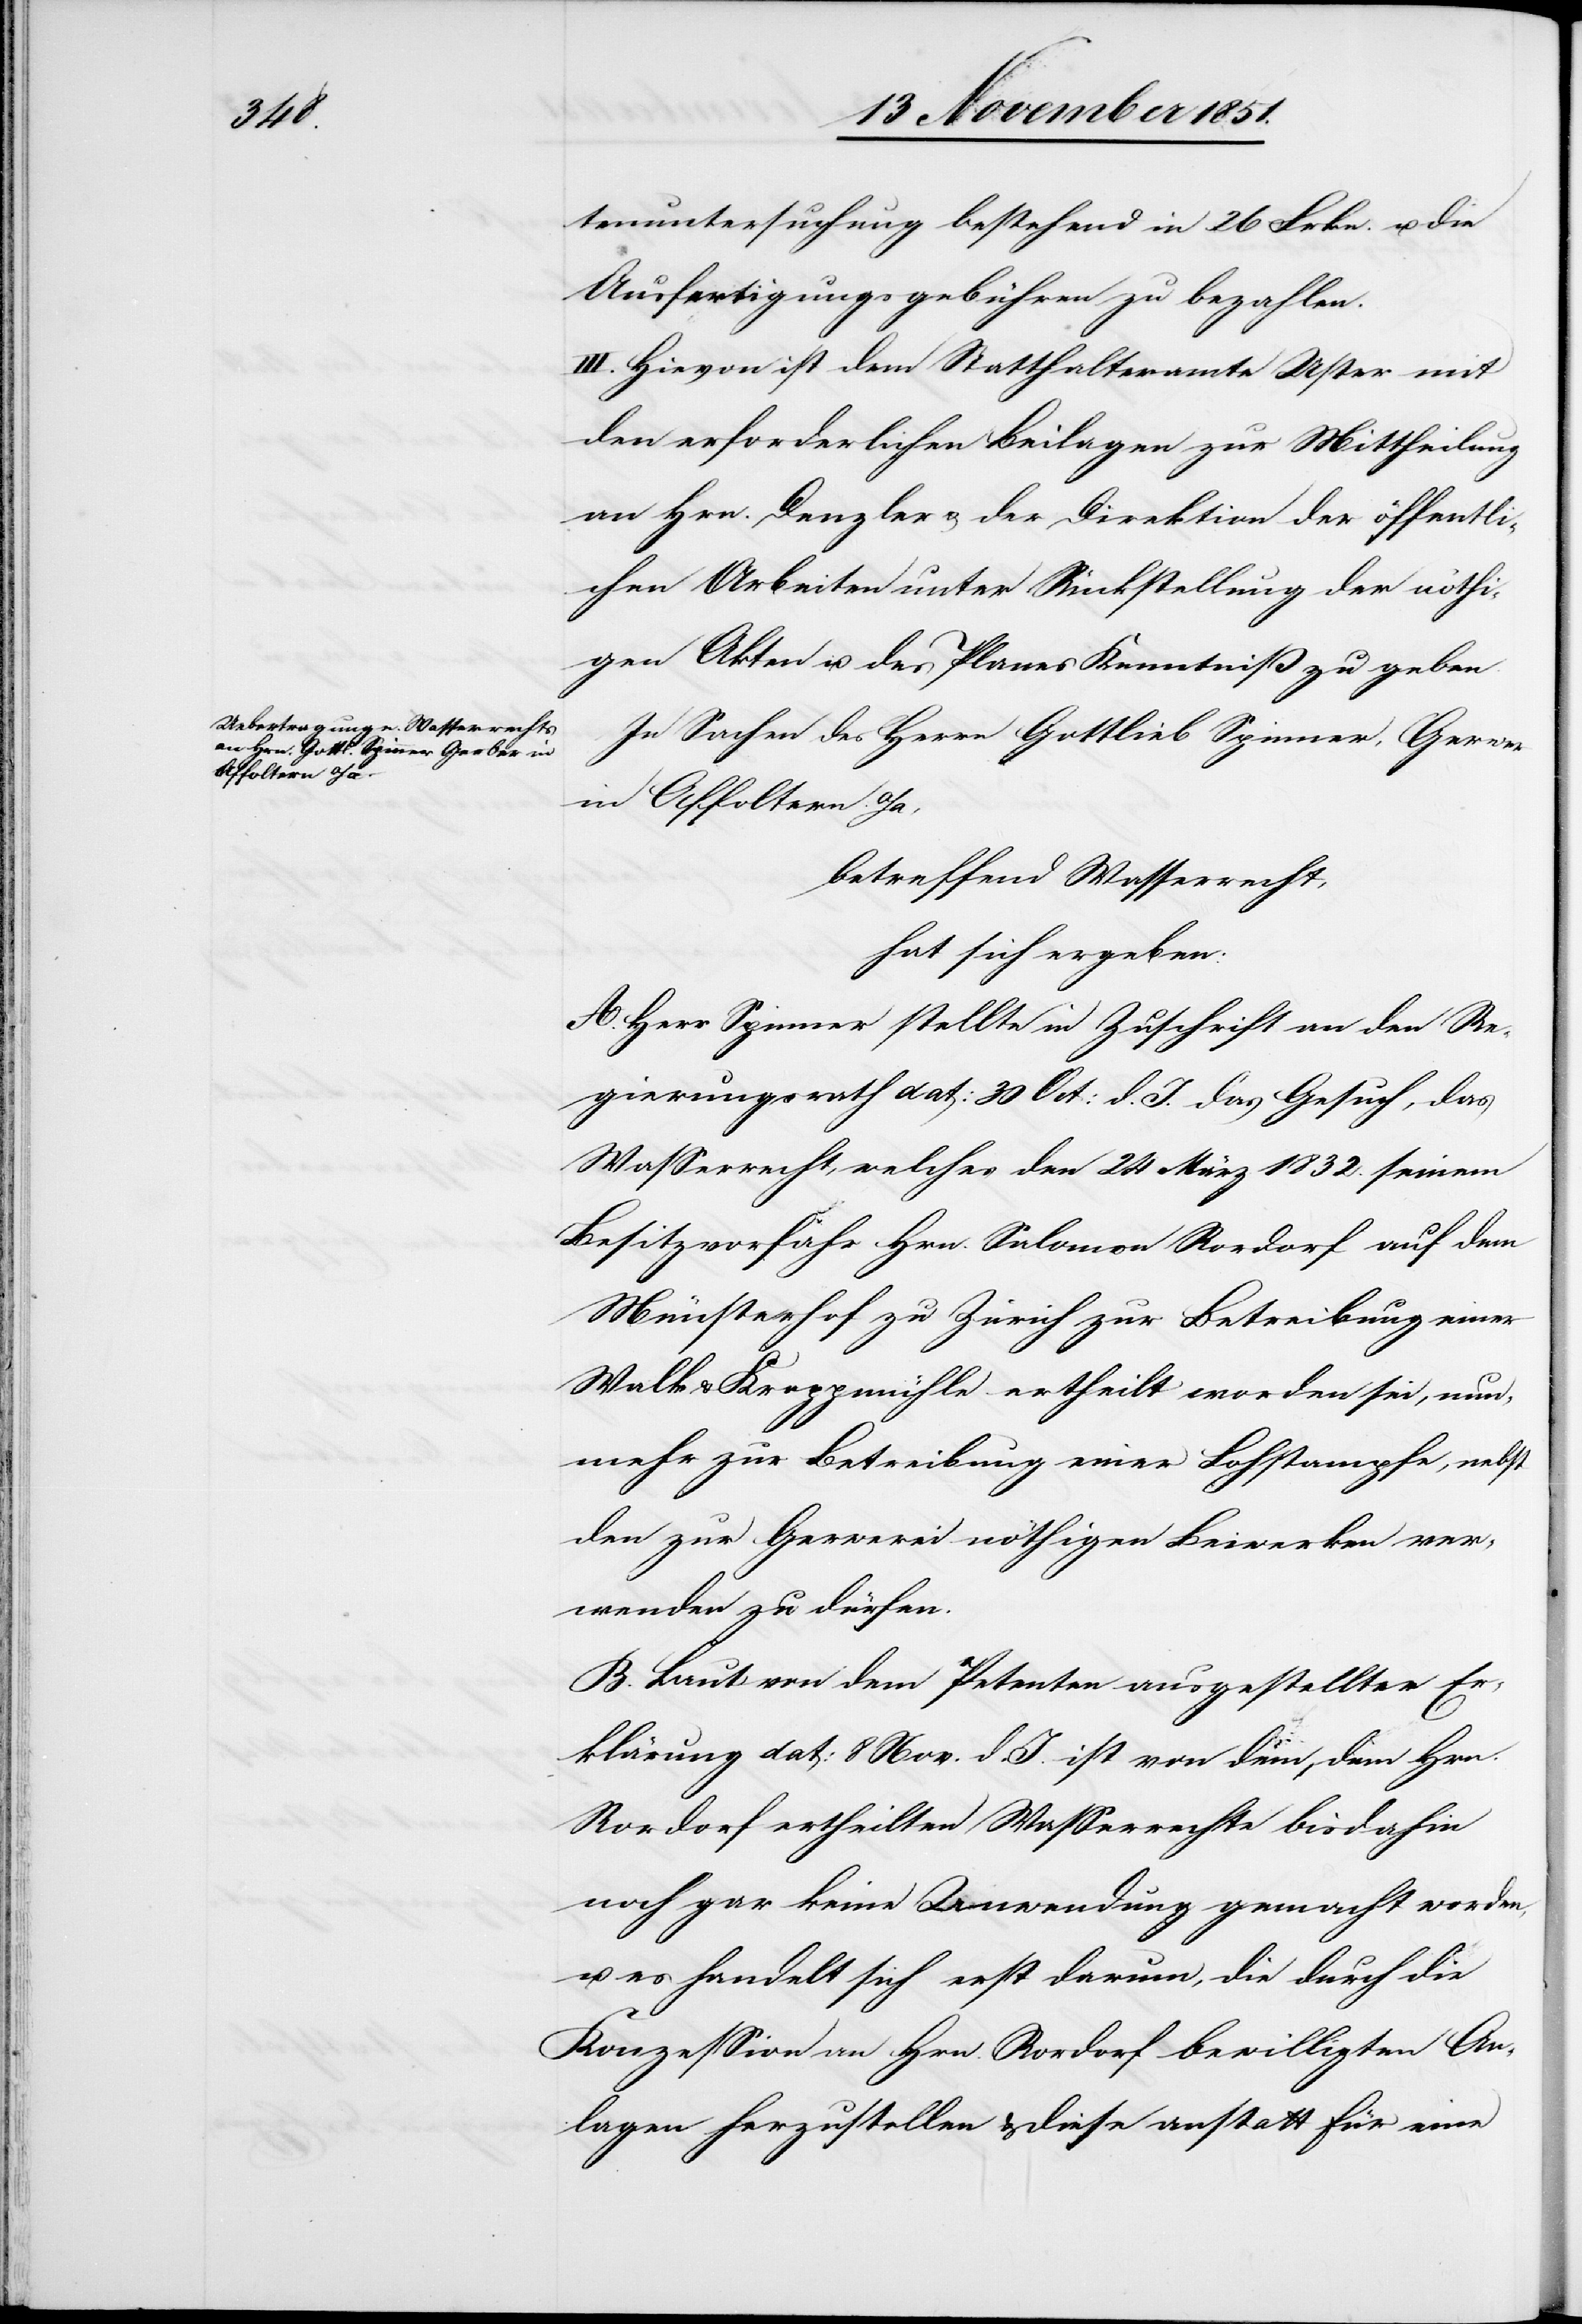
tenuntersuchung bestehend in 26 Frkn. u. die
Ausfertigungsgebühren zu bezahlen.
III. Hievon ist dem Statthalteramte Uster mit
den erforderlichen Beilagen zur Mittheilung
an Hrn. Denzler & der Direktion der öffentli¬
chen Arbeiten unter Rückstellung der nöthi¬
gen Akten u. des Planes Kenntniß zu geben.
In Sachen des Herrn Gottlieb Spinner, Gerwer
in Affoltern a/a,
betreffend Wasserrecht,
hat sich ergeben:
A. Herr Spinner stellte in Zuschrift an den Re¬
gierungsrath dat: 30 Oct: d. J. das Gesuch, das
Wasserrecht, welches den 24 März 1832. seinem
Besitzvorfahr Hrn. Salomon Rordorf auf dem
Münsterhof zu Zürich zur Betreibung einer
Walk[-] & Krappmühle ertheilt worden sei, nun¬
mehr zur Betreibung einer Lohstampfe, nebst
den zur Gerwerei nöthigen Beiwerken ver¬
wenden zu dürfen.
B. Laut von dem Petenten ausgestellter Er¬
klärung dat: 8 Nov. d. J. ist von dem, dem Hrn.
Rordorf ertheilten Wasserrechte bisdahin
noch gar keine Anwendung gemacht worden,
u. es handelt sich erst darum, die durch die
Konzession an Hrn. Rordorf bewilligten An¬
lagen herzustellen & diese anstatt für eine